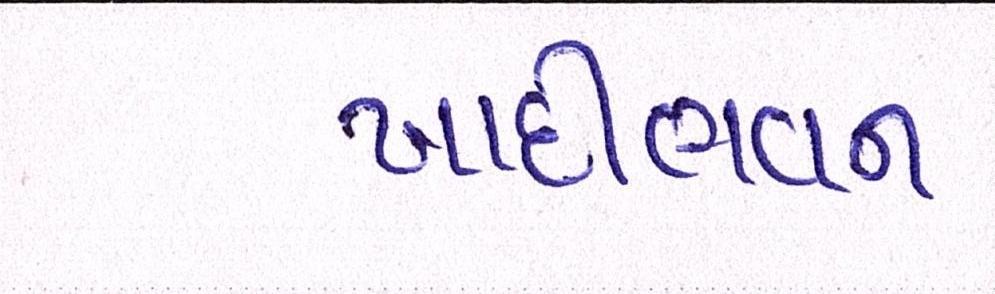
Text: ખાદીભવન